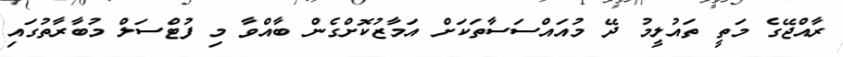
ރާއްޖޭގެ މަތީ ތައުލީމު ދޭ މުއައްސަސާތަކަށް އަމާޒުކޮށްގެން ބާއްވާ މި ފުޓްސަލް މުބާރާތުގައި